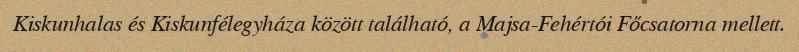
Kiskunhalas és Kiskunfélegyháza között található, a Majsa-Fehértói Főcsatorna mellett.